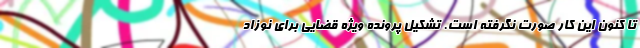
تا کنون این کار صورت نگرفته است. تشکیل پرونده ویژه قضایی برای نوزاد